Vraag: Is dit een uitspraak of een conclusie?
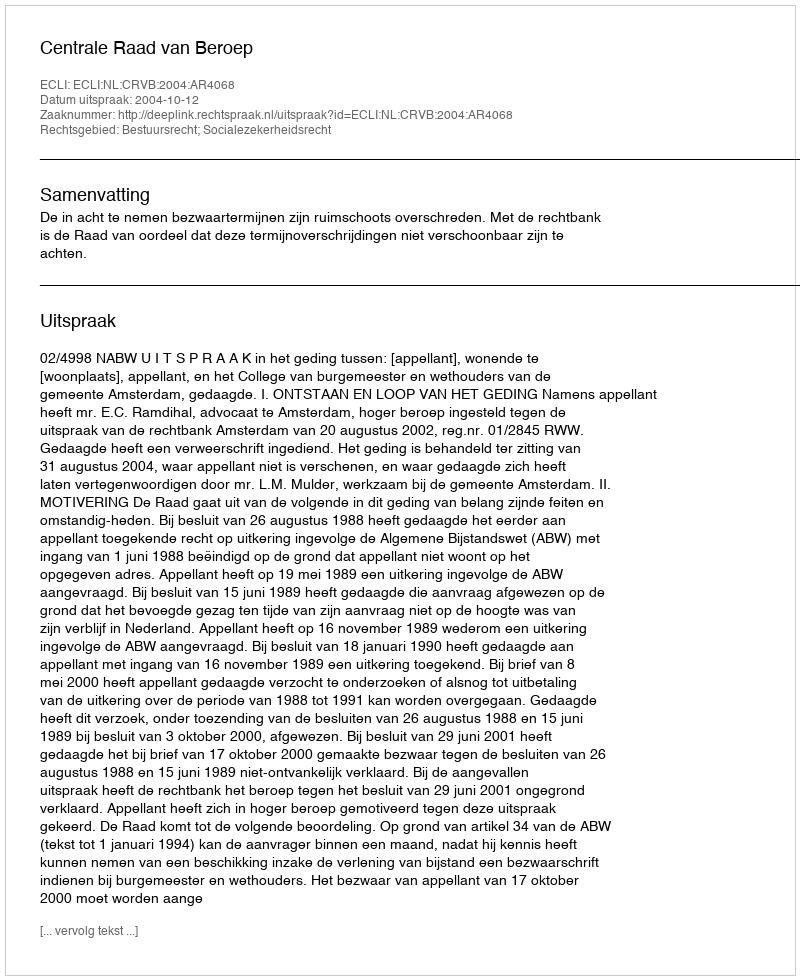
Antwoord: Uitspraak